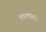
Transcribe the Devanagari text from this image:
वडलांवर